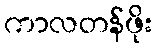
ကာလတန်ဖိုး